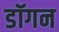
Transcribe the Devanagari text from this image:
डॉगन